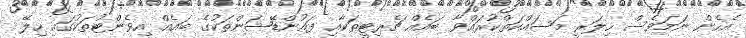
އެހެން ނަމަވެސް ހިލަރީ މަސައްކަތްކުރައްވާ ބައެއް ޗެރިޓީތަކާއި ފައުންޑޭޝަންތަކުގެ ބައެއް އިވެންޓުތަކުގައި ހިލޭ